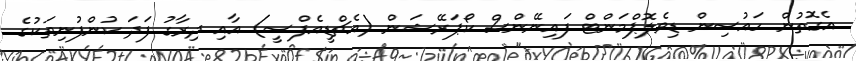
އެގޮތުން ހައުސިން ޑިވެލޮޕްމަންޓް ފައިނޭންސް ކޯޕަރޭޝަން (އެޗްޑީއެފްސީ) އާއި ދިރާގު ފަދަ ކުންފުނިތަކުގެ